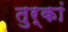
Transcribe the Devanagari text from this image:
तुर्कां